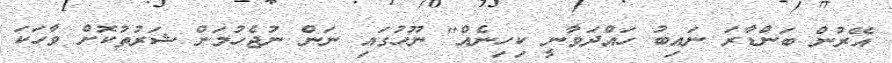
އޭރުން ބަންޑާރަ ނައިބު ހައްދަވާނީ ކިހިނެއް" ނޫހުގައި ނަން ނުޖެހުމަށް ޝަރުތުކޮށް ވާހަކަ